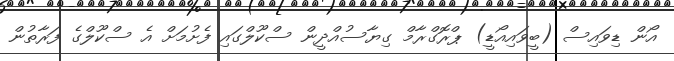
އޯން ޑިވައިސް (ބީވައިއޯޑީ) ޕްރޮގްރާމް ގިޔާސުއްދީން ސްކޫލްގައި ފެށުމަށް އެ ސްކޫލްގެ ފަރާތުން